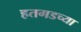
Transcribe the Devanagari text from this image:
हतगडच्या